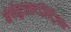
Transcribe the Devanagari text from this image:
नेपोहुआल्टज़िट्ज़िन